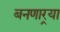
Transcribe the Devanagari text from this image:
बनणार्‍या